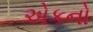
એકનો